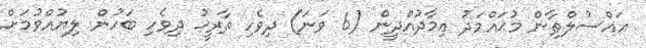
އައްސުލްޠާން މުޙައްމަދު ޢިމާދުއްދީން (6 ވަނަ) ދިވެހި ތާރީޚު ދިވެހި ބަހުން ލިޔުއްވުމަށް